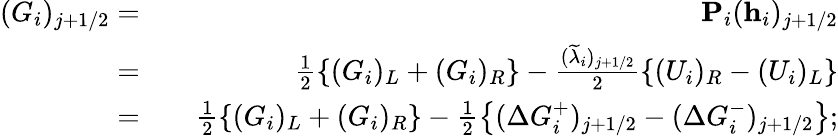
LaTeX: \begin{array}{rlr}{(G_{i})_{j+1/2}=}&{{}}&{\textbf{P}_{i}(\textbf{h}_{i})_{j+1/2}}\\ {=}&{{}}&{\frac{1}{2}\left\{ (G_{i})_{L}+(G_{i})_{R}\right\} -\frac{(\widetilde{\lambda}_{i})_{j+1/2}}{2}\left\{ (U_{i})_{R}-(U_{i})_{L}\right\} }\\ {=}&{{}}&{\frac{1}{2}\left\{ (G_{i})_{L}+(G_{i})_{R}\right\} -\frac{1}{2}\left\{ (\Delta G_{i}^{+})_{j+1/2}-(\Delta G_{i}^{-})_{j+1/2}\right\} ;}\end{array}